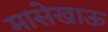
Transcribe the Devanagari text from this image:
मासेखाऊ